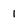
Character: 1